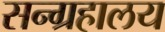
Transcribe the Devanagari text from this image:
सन्ग्रहालय